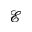
\mathcal { E }